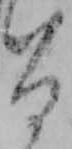
る